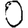
Digit: 0